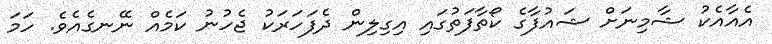
އެއާއެކު ޝާމިނަށް ޝައުފާގެ ކޯތާފަތުގައި އިގިލިން ދެފަހަރަކު ޖެހުނު ކަމެއް ނޭނގެއެވެ. ހަމަ